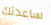
ساعدتك